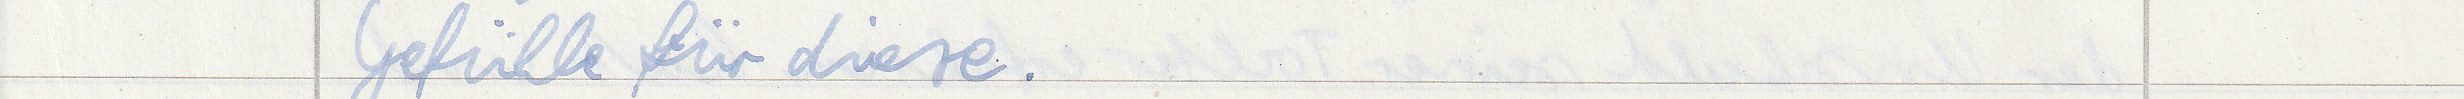
Gefühle für diese.